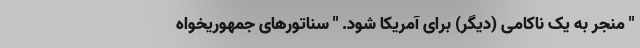
" منجر به یک ناکامی (دیگر) برای آمریکا شود. " سناتورهای جمهوریخواه